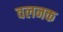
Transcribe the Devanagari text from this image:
वलनक